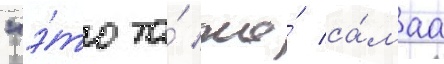
"э́то та́ же́ са́маа